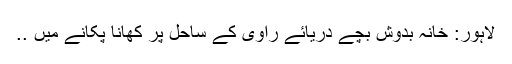
لاہور: خانہ بدوش بچے دریائے راوی کے ساحل پر کھانا پکانے میں ..